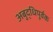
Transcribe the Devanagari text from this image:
अबुद्धिपूर्वक